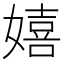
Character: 嬉